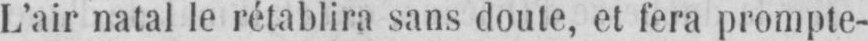
L’air natal le rétablira sans doute, et sera prompte-